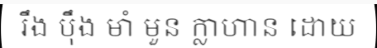
រឹង ប៉ឹង មាំ មួន ក្លាហាន ដោយ